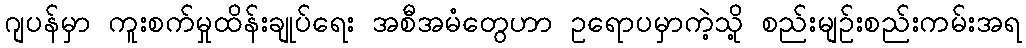
ဂျပန်မှာ ကူးစက်မှုထိန်းချုပ်ရေး အစီအမံတွေဟာ ဥရောပမှာကဲ့သို့ စည်းမျဥ်းစည်းကမ်းအရ